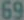
69